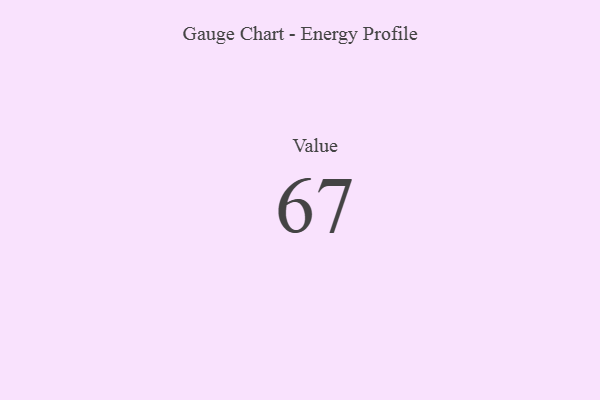
{"axis": {"x": "Metric", "y": "Value"}, "legend": [""], "data": [{"x": "Value", "y": 67, "type": ""}]}